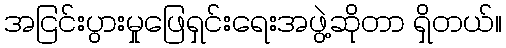
အငြင်းပွားမှုဖြေရှင်းရေးအဖွဲ့ဆိုတာ ရှိတယ်။